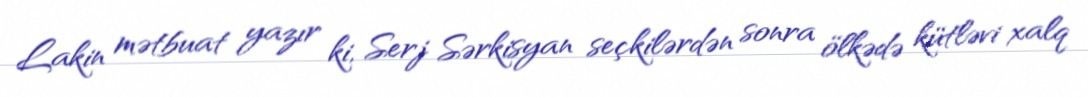
Lakin mətbuat yazır ki, Serj Sərkisyan seçkilərdən sonra ölkədə kütləvi xalq